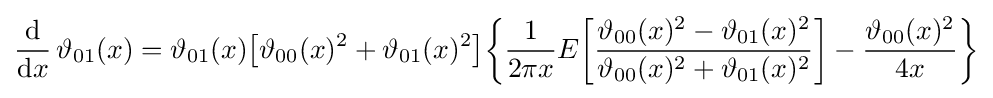
{\frac {\mathrm {d} }{\mathrm {d} x}}\,\vartheta _{01}(x)=\vartheta _{01}(x){\bigl [}\vartheta _{00}(x)^{2}+\vartheta _{01}(x)^{2}{\bigr ]}{\biggl \{}{\frac {1}{2\pi x}}E{\biggl [}{\frac {\vartheta _{00}(x)^{2}-\vartheta _{01}(x)^{2}}{\vartheta _{00}(x)^{2}+\vartheta _{01}(x)^{2}}}{\biggr ]}-{\frac {\vartheta _{00}(x)^{2}}{4x}}{\biggr \}}